Medical and sanitary report of the native army of Bengal for the year
Year: 1876
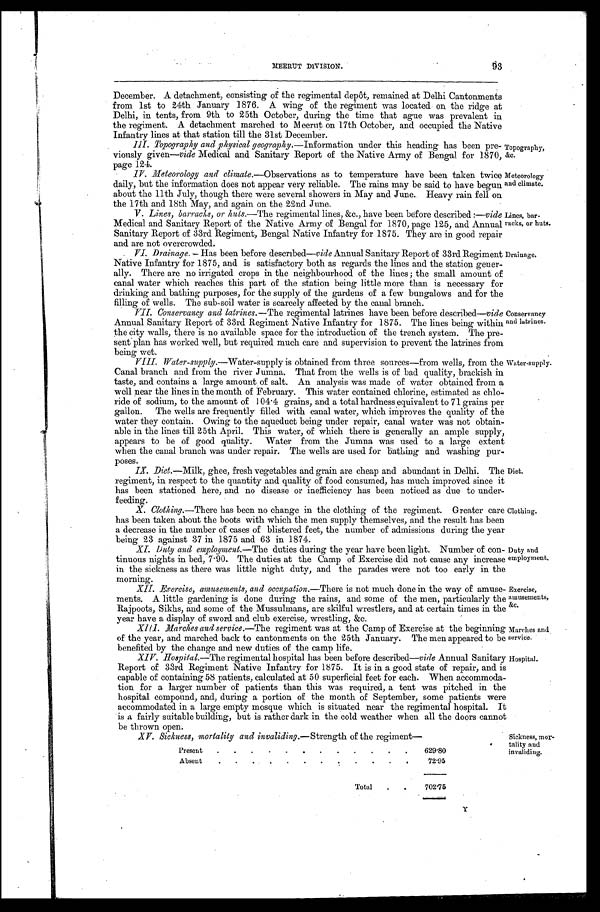
MEERUT DIVISION. 93
December. A detachment, consisting of the regimental depôt, remained at Delhi Cantonments
from 1st to 24th January 1876. A wing of the regiment was located on the ridge at
Delhi, in tents, from 9th to 25th October, during the time that ague was prevalent in
the regiment. A detachment marched to Meerut on 17th October, and occupied the Native
Infantry lines at that station till the 31st December.
III. Topography and physical geography. —Information under this heading has been pre-
viously given—vide Medical and Sanitary Report of the Native Army of Bengal for 1870,
page 124.
IV. Meteorology and climate.—Observations as to temperature have been taken twice
daily, but the information does not appear very reliable. The rains may be said to have begun
about the 11th July, though there were several showers in May and June. Heavy rain fell on
the 17th and 18th May, and again on the 22nd June.
V. Lines, barracks, or huts.—The regimental lines, &c., have been before described :—vide
Medical and Sanitary Report of the Native Army of Bengal for 1870, page 125, and Annual
Sanitary Report of 33rd Regiment, Bengal Native Infantry for 1875. They are in good repair
and are not overcrowded.
VI. Drainage. — Has been before described— vide Annual Sanitary Report of 33rd Regiment
Native Infantry for 1875, and is satisfactory both as regards the lines and the station gener-
ally. There are no irrigated crops in the neighbourhood of the lines ; the small amount of
canal water which reaches this part of the station being little more than is necessary for
drinking and bathing purposes, for the supply of the gardens of a few bungalows and for the
filling of wells. The sub-soil water is scarcely affected by the canal branch.
VII. Conservancy and latrines. —The regimental latrines have been before described—vide
Annual Sanitary Report of 33rd Regiment Native Infantry for 1875. The lines being within
the city walls, there is no available space for the introduction of the trench system. The pre-
sent plan has worked well, but required much care and supervision to prevent the latrines from
being wet.
VIII. Water-supply. —Water-supply is obtained from three sources—from wells, from the
Canal branch and from the river Jumna. That from the wells is of bad quality, brackish in
taste, and contains a large amount of salt. An analysis was made of water obtained from a
well near the lines in the month of February. This water contained chlorine, estimated as chlo-
ride of sodium, to the amount of 104.4 grains, and a total hardness equivalent to 71 grains per
gallon. The wells are frequently filled with canal water, which improves the quality of the
water they contain. Owing to the aqueduct being under repair, canal water was not obtain-
able in the lines till 25th April. This water, of which there is generally an ample supply,
appears to be of good quality. Water from the Jumna was used to a large extent
when the canal branch was under repair. The wells are used for bathing and washing pur-
poses.
IX. Diet. —Milk, ghee, fresh vegetables and grain are cheap and abundant in Delhi. The
regiment, in respect to the quantity and quality of food consumed, has much improved since it
has been stationed here, and no disease or inefficiency has been noticed as due to under-
feeding.
X. Clothing. —There has been no change in the clothing of the regiment. Greater care
has been taken about the boots with which the men supply themselves, and the result has been
a decrease in the number of cases of blistered feet, the number of admissions during the year
being 23 against 37 in 1875 and 63 in 1874.
XI. Duty and employment. —The duties during the year have been light. Number of con-
tinuous nights in bed, 7.90. The duties at the Camp of Exercise did not cause any increase
in the sickness as there was little night duty, and the parades were not too early in the
morning.
XII. Exercise, amusements, and occupation. —There is not much done in the way of amuse-
ments. A little gardening is done during the rains, and some of the men, particularly the
Rajpoots, Sikhs, and some of the Mussulmans, are skilful wrestlers, and at certain times in the
year have a display of sword and club exercise, wrestling, &c.
XIII. Marches and service.—The regiment was at the Camp of Exercise at the beginning
of the year, and marched back to cantonments on the 25th January. The men appeared to be
benefited by the change and new duties of the camp life.
XIV. Hospital. —The regimental hospital has been before described—vide Annual Sanitary
Report of 33rd Regiment Native Infantry for 1875. It is in a good state of repair, and is
capable of containing 58 patients, calculated at 50 superficial feet for each. When accommoda-
tion for a larger number of patients than this was required, a tent was pitched in the
hospital compound, and, during a portion of the month of September, some patients were
accommodated in a large empty mosque which is situated near the regimental hospital. It
is a fairly suitable building, but is rather dark in the cold weather when all the doors cannot
be thrown open.
XV. Sickness, mortality and invaliding. —Strengthof the regiment—
Present
.
.
.
.
.
.
.
.
.
.
.
.
629.80
Absent
.
. .
.
.
.
.
.
.
.
.
.
72.95
Total
.
.
702.75
Diet.
Clothing.
Duty and
employment.
Exercise,
amusements,
&c.
Marches and
service.
Hospital.
Sickness, mor-
tality and
invaliding.
Topography,
&c.
Meteorology
and climate.
Lines, bar-
racks, or huts.
Drainage.
Conservancy
and latrines.
Water supply.